Lunatic asylums Bombay report 1878-1890 - 1878-1890
Year: 1878
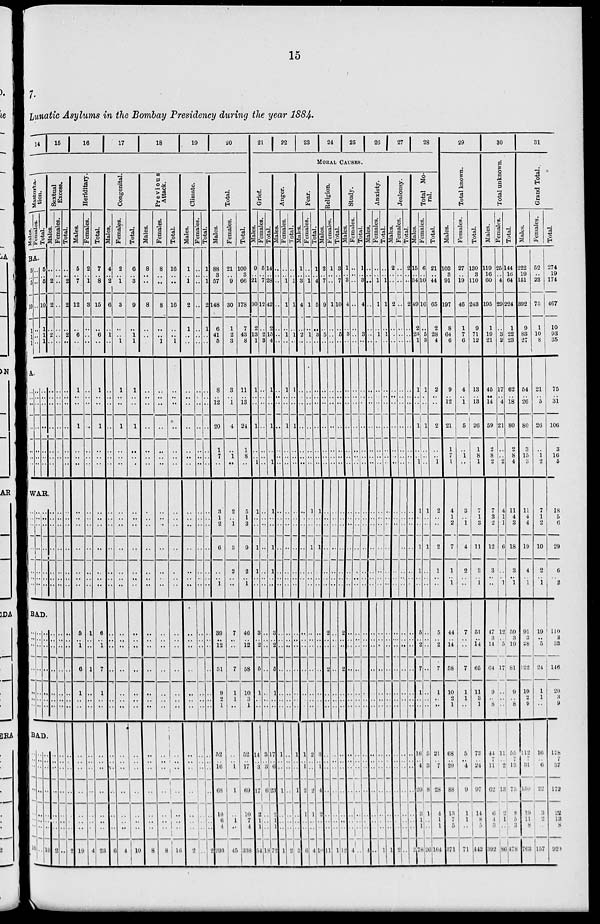
15
7.
Lunatic Asylums in the Bombay Presidency during the year 1884.
14
15
16
17
18
19
20
Masturtation.
Males.
Females.
Total.
BA.
5
..
5
10
1
1
1
..
..
..
..
..
..
..
5
..
5
10
..
1
1
Sextual
Excess.
Males.
..
.. 2
2
..
2
..
A.
..
..
..
..
..
..
..
..
..
..
..
..
..
..
..
..
..
..
..
..
..
WAR.
..
..
..
..
..
..
..
..
..
..
..
..
..
..
..
..
..
..
..
..
..
BAD.
..
..
..
..
..
..
..
..
..
..
..
..
..
..
..
..
..
..
..
..
..
..
..
..
..
..
..
..
..
..
..
..
..
..
..
..
..
..
..
..
..
..
BAD.
..
..
..
..
..
..
..
..
10
..
..
..
.. ..
..
..
..
..
..
..
..
.. ..
..
..
..
10
..
..
..
.. ..
..
..
..
2
Females.
..
..
..
..
..
..
..
..
..
..
..
..
..
..
..
..
..
..
..
..
..
..
..
..
..
..
..
..
..
..
..
.. ..
..
..
..
..
Total.
..
..
2
2
..
2
..
..
..
..
..
..
..
..
..
..
..
..
..
..
..
..
..
..
..
..
..
..
..
..
..
.. ..
..
..
..
2
Heriditary.
Males.
5
.. 7
12
..
6
..
1
..
..
1
..
..
..
..
..
..
..
..
..
..
5
..
1
6
1
..
..
..
..
..
.. ..
..
..
..
19
Females.
2
.. 1
3
..
..
..
..
..
..
..
..
..
..
..
..
..
..
..
..
..
1
..
..
1
..
..
..
..
..
..
.. ..
..
..
..
4
Total.
7
.. 8
15
..
6
..
1
..
..
1
..
..
..
..
..
..
..
..
..
..
6
..
1
7
1
..
..
..
..
..
.. ..
..
..
..
23
Congenital.
Males.
4
.. 2
6
..
1
..
..
..
..
..
..
..
..
..
..
..
..
..
..
..
..
..
..
..
..
..
..
..
..
..
.. ..
..
..
..
6
Females.
2
..
1
3
..
..
1
1
..
..
1
..
..
..
..
..
..
..
..
..
..
..
..
..
..
..
..
..
..
..
..
.. ..
..
..
..
4
Total.
6
..
3
9
..
1
1
1
..
..
1
..
..
..
..
..
..
..
..
..
..
..
..
..
..
..
..
..
..
..
..
..
..
..
..
..
10
Previous
Attack.
Males.
8
..
..
8
..
..
..
..
..
..
..
..
..
..
..
..
..
..
..
..
..
..
..
..
..
..
..
..
..
..
..
.. ..
..
..
..
8
Females.
8
..
..
8
..
..
1
..
..
..
..
..
..
..
..
..
..
..
..
..
..
..
..
..
..
..
..
..
..
..
..
.. ..
..
..
..
8
Total.
16
..
..
16
..
..
1
..
..
..
..
..
..
..
..
..
..
..
..
..
..
..
..
..
..
..
..
..
..
..
..
.. ..
..
..
..
16
Climate.
Males.
1
..
1
2
1
..
..
..
..
..
..
..
..
..
..
..
..
..
..
..
..
..
..
..
..
..
..
..
..
..
..
.. ..
..
..
..
2
Females.
..
..
..
..
..
..
..
..
..
..
..
..
..
..
..
..
..
..
..
..
..
..
..
..
..
..
..
..
..
..
..
..
..
..
..
..
..
Total.
1
..
1
2
1
..
..
..
..
..
..
..
..
..
..
..
..
..
..
..
..
..
..
..
..
..
..
..
..
..
..
.. ..
..
..
..
2
Total.
Males.
88
3
57
148
6
41
5
8
..
12
20
1
7
..
3
1
2
6
..
..
1
39
..
12
51
9
2
1
52
..
16
.. 68
10
6
4
293
Females.
21
..
9
30
1
2
3
3
..
1
4
..
1
..
2
..
1
3
2
..
..
7
..
..
7
1
1
..
..
..
1
..
1
..
1
..
45
Total.
109
3
66
178
7
43
8
11
..
13
24
1
8
..
5
1
3
9
2
..
1
46
..
12
58
10
3
1
52
..
17
..
69
10
7
4
338
21
22
23
24
25
26
27
28
MORAL CAUSES.
Grief.
Males.
9
.. 21
30
2
13
1
1
..
..
1
..
..
1
1
..
..
1
1
..
..
3
..
2
5
1
..
..
14
..
3
..
17
2
1
1
54
Females.
5
.. 7
12
..
2
3
..
..
..
..
..
..
..
..
..
..
..
..
..
..
..
..
..
..
..
..
..
3
..
3
.. 6
..
..
..
18
Total.
14
..
28
42
2
15
4
1
..
..
1
..
..
1
1
..
..
1
1
..
..
3
..
2
5
1
..
..
17
..
6
.. 23
2
1
1
72
Anger.
Males.
..
..
..
..
..
..
..
..
..
..
..
..
..
..
..
..
..
..
..
..
..
..
..
..
..
..
..
..
1
..
..
..
1
..
..
..
..
Females.
..
..
1
1
..
1
..
1
..
..
1
..
..
..
..
..
..
..
..
..
..
..
..
..
..
..
..
..
..
..
..
.. ..
..
..
..
1
Total.
..
..
1
1
..
1
..
1
..
..
1
..
..
..
..
..
..
..
..
..
..
..
..
..
..
..
..
..
1
..
..
..
1
..
..
..
2
Fear.
Males.
1
..
3
4
..
2
..
..
..
..
..
..
..
..
..
..
..
..
..
..
..
..
..
..
..
..
..
..
1
..
1
.. 2
1
..
..
6
Females.
..
..
1
1
..
1
..
..
..
..
..
..
..
..
1
..
..
1
..
.. 1
..
..
..
..
..
..
..
2
..
..
.. 2
1
..
..
4
Total.
1
..
4
5
..
3
..
..
..
..
..
..
..
..
1
..
..
1
..
..
..
..
..
..
..
..
..
..
3
..
1
..
4
2
..
..
10
Religion.
Males.
2
..
7
9
..
5
..
..
..
..
..
..
..
..
..
..
..
..
..
..
..
2
..
..
2
..
..
..
..
..
..
.. ..
..
..
..
11
Females.
1
..
..
1
..
..
..
..
..
..
..
..
..
..
..
..
..
..
..
..
..
..
..
..
..
..
..
..
..
..
..
.. ..
..
..
..
1
Total.
3
..
7
10
..
5
..
..
..
..
..
..
..
..
..
..
..
..
..
..
..
2
..
..
2
..
..
..
..
..
..
.. ..
..
..
..
12
Study.
Males.
1
.. 3
4
..
3
..
..
..
..
..
..
..
..
..
..
..
..
..
..
..
..
..
..
..
..
..
..
..
..
..
.. ..
..
..
..
4
Females.
..
..
..
..
..
..
..
..
..
..
..
..
..
..
..
..
..
..
..
..
..
..
..
..
..
..
..
..
..
..
..
.. ..
..
..
..
..
Total.
1
..
3
4
..
3
..
..
..
..
..
..
..
..
..
..
..
..
..
..
..
..
..
..
..
..
..
..
..
..
..
.. ..
..
..
..
4
Anxiety.
Males.
..
..
..
..
..
..
..
..
..
..
..
..
..
..
..
..
..
..
..
..
..
..
..
..
..
..
..
..
..
..
..
.. ..
..
..
..
..
Females.
..
..
1
1
..
1
..
..
..
..
..
..
..
..
..
..
..
..
..
..
..
..
..
..
..
..
..
..
..
..
..
..
..
..
..
..
1
Total.
..
..
1
1
..
1
..
..
..
..
..
..
..
..
..
..
..
..
..
..
..
..
..
..
..
..
..
..
..
..
..
.. ..
..
..
..
1
Jealousy.
Males.
2
..
..
2
..
..
..
..
..
..
..
..
..
..
..
..
..
..
..
..
..
..
..
..
..
..
..
..
..
..
..
.. ..
..
..
..
2
Females.
..
..
..
..
..
..
..
..
..
..
..
..
..
..
..
..
..
..
..
..
..
..
..
..
..
..
..
..
..
..
..
.. ..
..
..
..
..
Total.
2
..
..
2
..
..
..
..
..
..
..
..
..
..
..
..
..
..
..
..
..
..
..
..
..
..
..
..
..
..
..
.. ..
..
..
..
2
Total Mo-
ral.
Males.
15
..
34
49
2
23
1
1
..
..
1
..
..
1
1
..
..
1
1
..
..
5
..
2
7
1
..
..
10
..
4
.. 20
3
1
1
78
Females.
6
..
10
16
..
5
3
1
..
..
1
..
..
..
1
..
..
1
..
..
..
..
..
..
..
..
..
..
5
..
3
..
8
1
..
..
26
Total.
21
..
44
65
2
28
4
2
..
..
2
..
..
1
2
..
..
2
1
..
..
5
..
2
..
1
..
..
21
..
7
.. 28
4
1
1
104
29
Total known.
Males.
103
..
91
197
8
64
6
9
..
12
21
1
7
1
4
1
2
7
1
..
1
44
..
14
58
10
2
1
68
..
20
.. 88
13
7
5
371
Females.
27
..
19
46
1
7
6
4
..
1
5
..
1
..
3
..
1
4
2
..
..
7
..
..
7
1
1
..
5
..
4
.. 9
1
1
..
71
Total.
130
3
110
243
9
71
12
13
..
13
26
1
8
1
7
1
3
11
3
..
1
51
..
14
65
11
3
1
73
..
24
..
97
14
8
5
442
30
Total unknown.
Males.
119
16
60
195
1
19
21
45
..
14
59
2
8
2
7
3
2
12
3
..
..
47
3
14
64
9
..
8
44
7
11
..
62
6
4
3
392
Females.
25
..
4
29
..
3
2
17
..
4
21
..
..
2
4
1
1
6
..
..
1
12
..
5
17
..
..
..
11
..
2
..
13
2
1
..
86
Total.
144
16
64
224
1
22
23
62
..
18
80
2
8
4
11
4
3
18
3
..
1
59
3
19
81
9
..
8
55
7 13
.. 75
8
5
3
478
31
Grand Total.
Males.
222
19
151
392
9
83
27
54
..
26
80
3
15
3
11
4
4
19
4
..
1
91
3
28
122
19
2
9
112
..
31
.. 150
19
11
8
763
Females.
52
..
23
75
1
10
8
21
..
5
26
..
1
2
7
1
2
10
2
..
1
19
..
5
24
1
1
..
16
7 6
..
22
3
2
..
157
Total.
274
19
174
467
10
93
35
75
..
31
106
3
16
5
18
5
6
29
6
..
2
110
3
33
146
20
3
9
128
7
37
.. 172
22
13
8
920